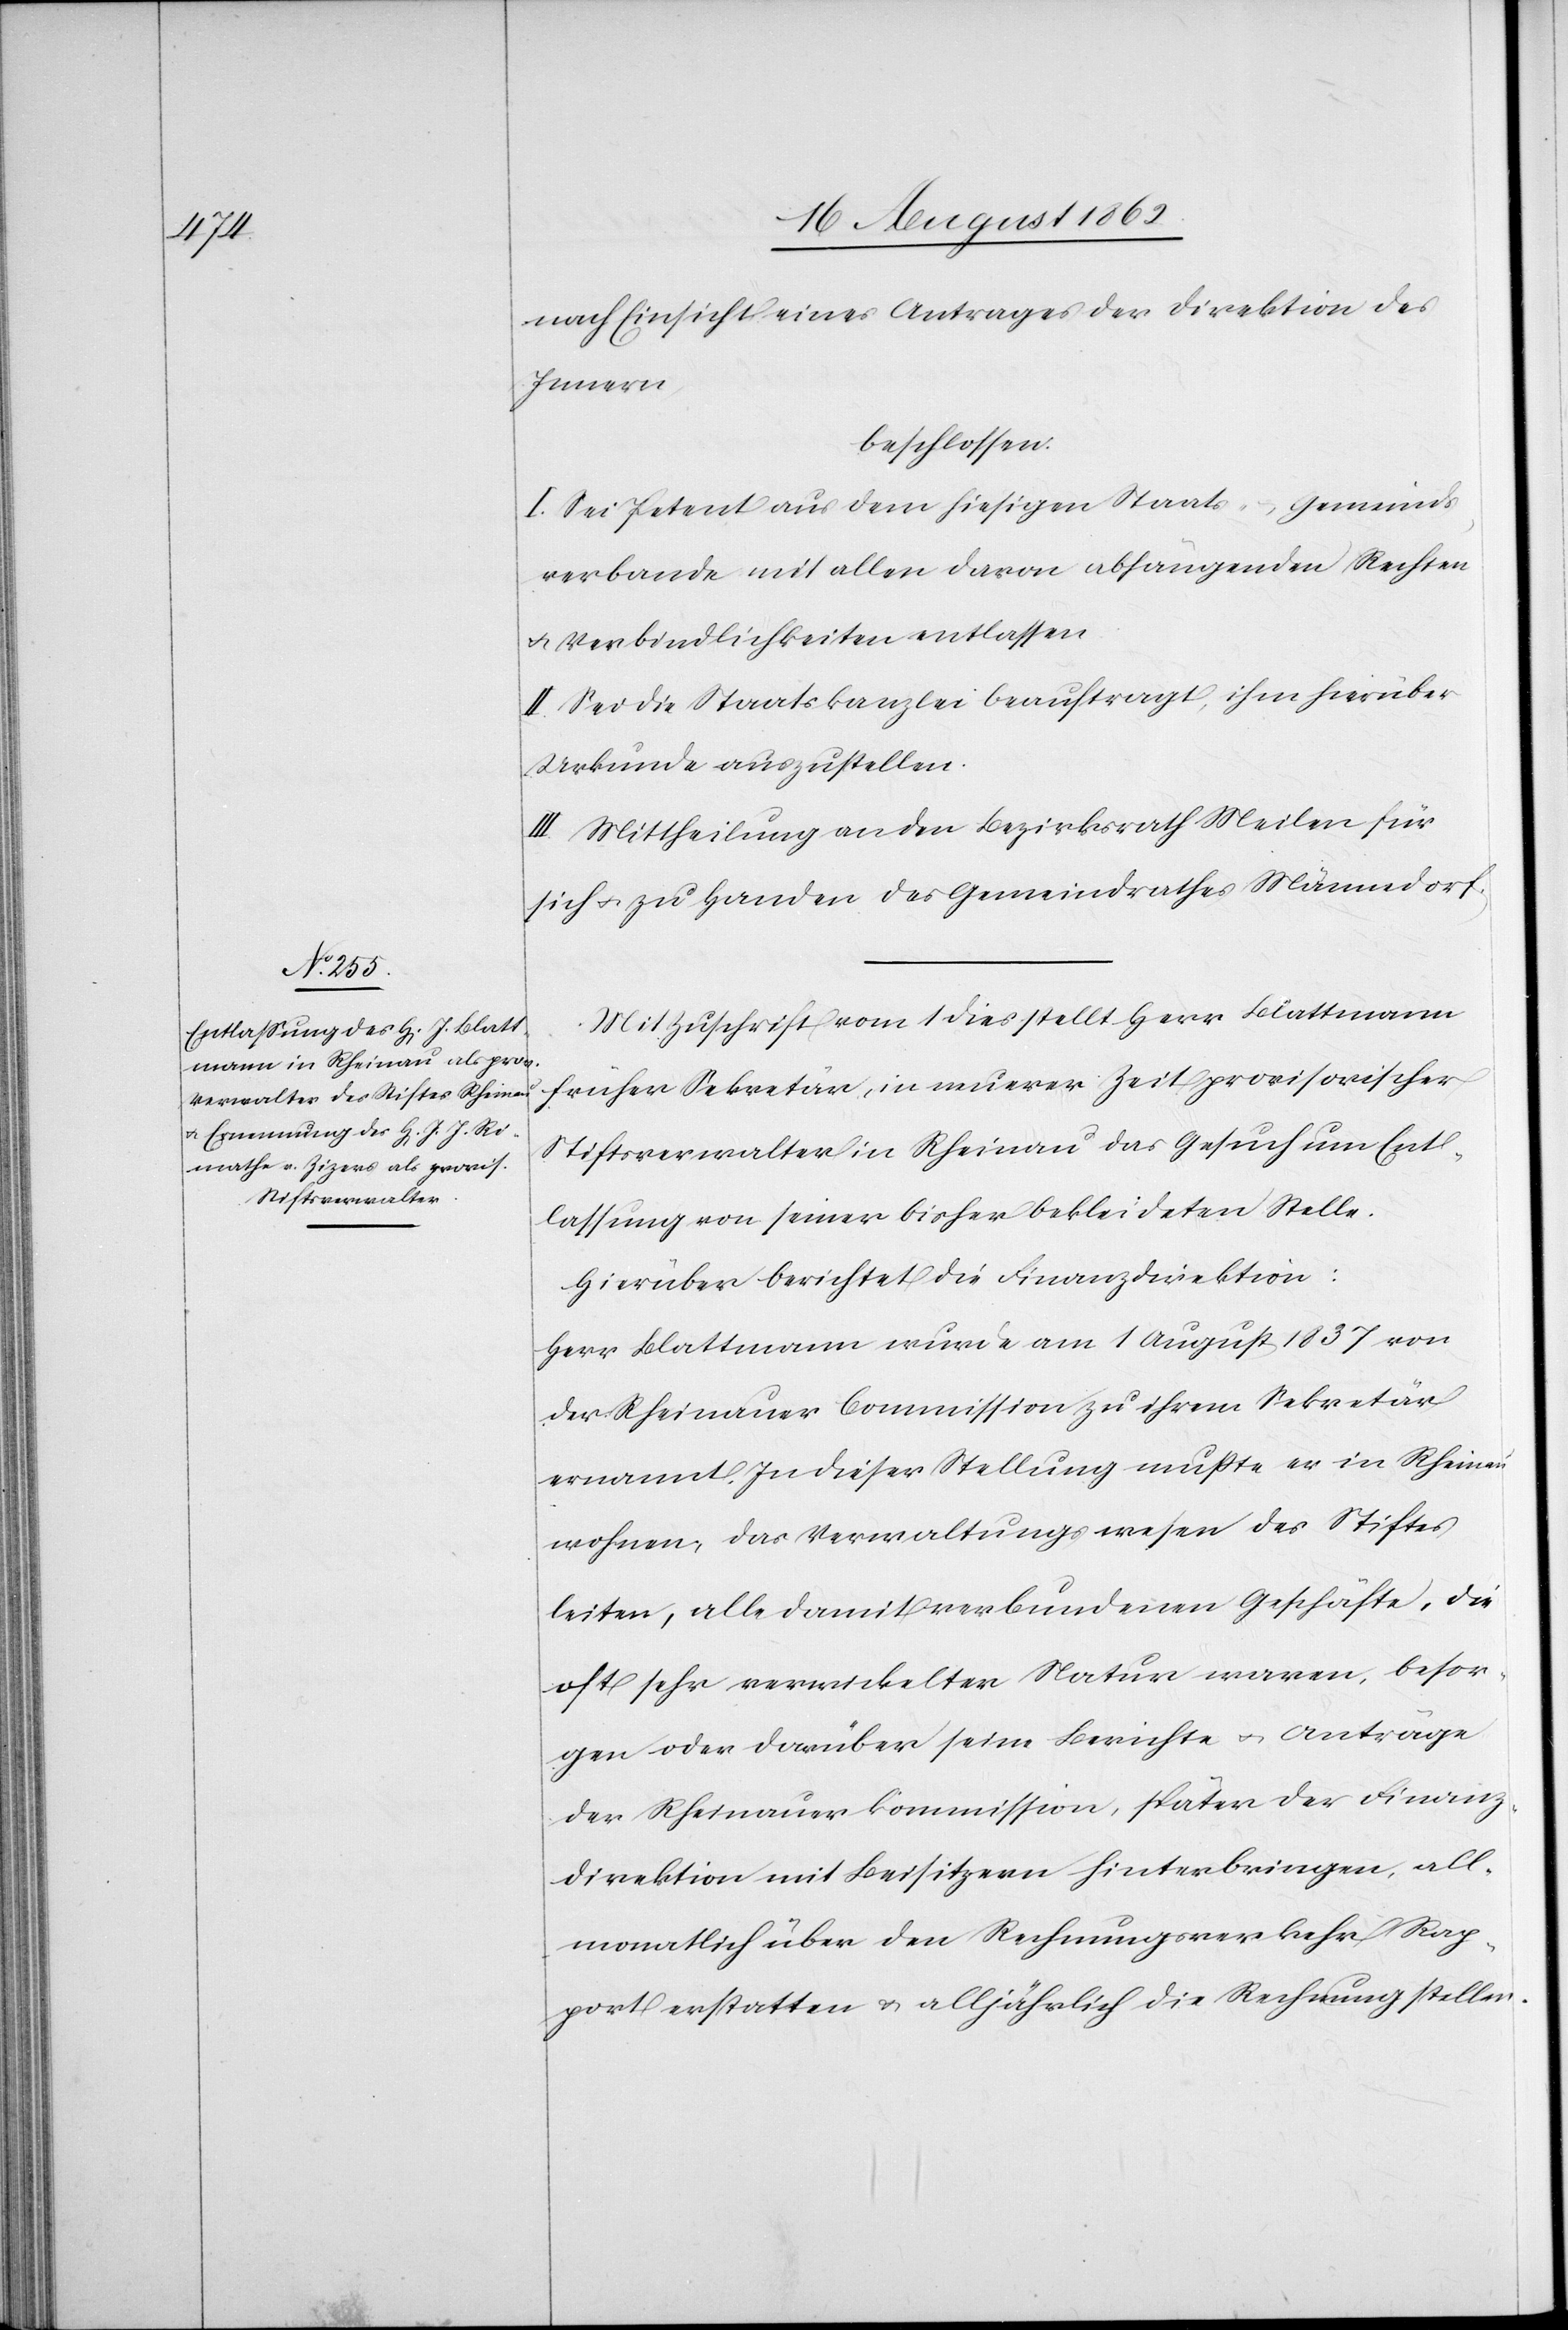
nach Einsicht eines Antrages der Direktion des
Innern
beschlossen:
I. Sei Petent aus dem hiesigen Staats- u. Gemeinds¬
verbande mit allen davon abhängenden Rechten
u. Verbindlichkeiten entlassen.
II. Sei die Staatskanzlei beauftragt, ihm hierüber
Urkunde auszustellen.
III. Mittheilung an den Bezirksrath Meilen für
sich u. zu Handen des Gemeindrathes Männedorf.
Mit Zuschrift vom 1. dies stellt Herr Blattmann
früher Sekretär, in neuerer Zeit provisorischer
Stiftsverwalter in Rheinau das Gesuch um Ent¬
lassung von seiner bekleideten Stelle.
Hierüber berichtet die Finanzdirektion:
Herr Blattmann wurde am 1. August 1837 von
der Rheinauer Commission zu ihrem Sekretär
ernannt. In dieser Stellung mußte er in Rheinau
wohnen, das Verwaltungswesen des Stiftes
leiten, alle damit verbundenen Geschäfte, die
oft sehr verwickelter Natur waren, besor¬
gen oder darüber seine Berichte u. Anträge
der Rheinauerkommission, später der Finanz¬
direktion mit Beisitzern hinterbringen, all¬
monatlich über den Rechnungsverkehr Rap¬
port erstatten u. alljährlich die Rechnung stellen.